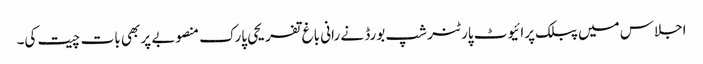
اجلاس میں پبلک پرائیوٹ پارٹنر شپ بورڈ نے رانی باغ تفریحی پارک منصوبے پر بھی بات چیت کی۔